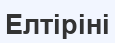
Елтіріні